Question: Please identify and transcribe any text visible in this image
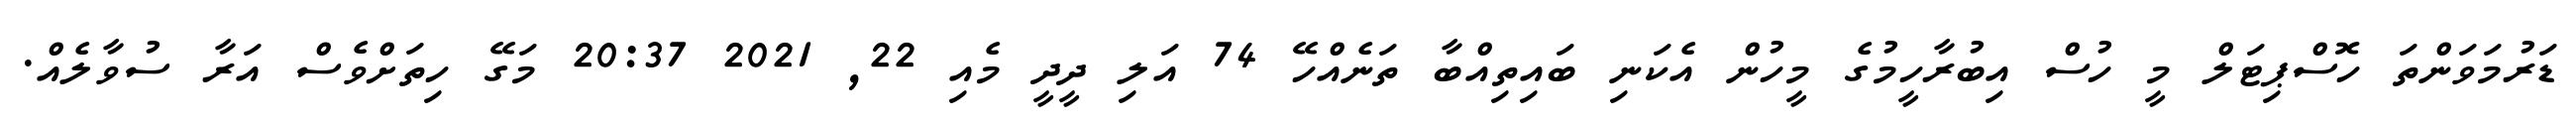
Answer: ޑަރުމަވަންތަ ހޮސްޕިޓަލް މީ ހުސް އިބުރާހީމުގެ މީހުން އެކަނި ބައިތިއްބާ ތަނެއްހޭ 74 އަލި ދީދީ މެއި 22, 2021 20:37 މަގޭ ހިތަށްވެސް އަރާ ސުވާލެއް.